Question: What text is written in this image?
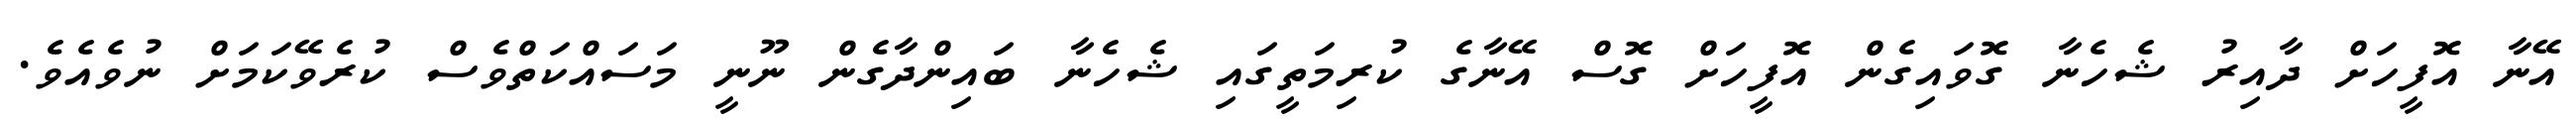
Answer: އޭނާ އޮފީހަށް ދާއިރު ޝެހެނާ ގޮވައިގެން އޮފީހަށް ގޮސް އޭނާގެ ކުރިމަތީގައި ޝެހެނާ ބައިންދާގެން ނޫނީ މަސައްކަތްވެސް ކުރެވޭކަމަށް ނުވެއެވެ.